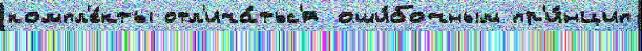
компл'е́кты отл'ича́тьс'я оши́бочным пр'и́нцип